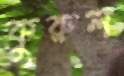
কুরুল